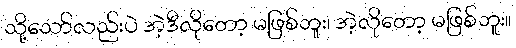
သို့သော်လည်းပဲ အဲ့ဒီလိုတော့ မဖြစ်ဘူး၊ အဲ့လိုတော့ မဖြစ်ဘူး။